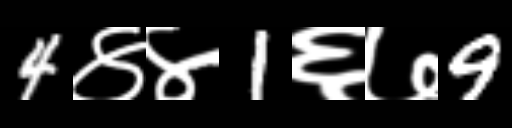
Text: 4४४1६७9